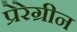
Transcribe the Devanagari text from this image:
प्रेरेग्रीन